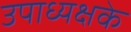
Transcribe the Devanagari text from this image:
उपाध्यक्षके